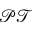
\mathcal { P T }